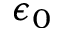
\epsilon _ { 0 }